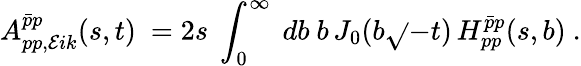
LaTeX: A_{pp,\mathcal{E}ik}^{\bar{{p}}p}(s,t)\ =2s\ \int_{0}^{\infty}\ db\ b\, J_{0}(b\sqrt{}{{-t}})\, H_{pp}^{\bar{{p}}p}(s,b)\ .